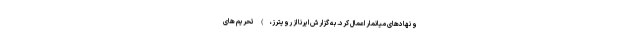
و نهادهای میانمار اعمال کرد. به گزارش ایرنا از رویترز،) تحریم های